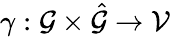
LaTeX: \gamma:\mathcal{\mathcal{G}}\times\hat{\mathcal{\mathcal{G}}}\to\mathcal{V}